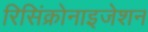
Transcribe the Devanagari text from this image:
रिसिंक्रोनाइजेशन